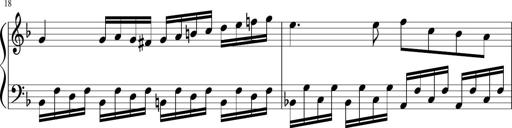
Title: Sonatina for Piano, WoO 50
Composer: Ludwig van Beethoven
Key: F major